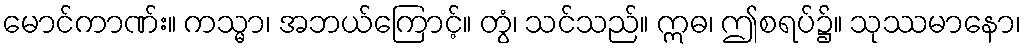
မောင်ကာဏ်း။ ကသ္မာ၊ အဘယ်ကြောင့်။ တွံ၊ သင်သည်။ ဣဓ၊ ဤစရပ်၌။ သုဿမာနော၊